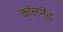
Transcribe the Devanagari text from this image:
कॉलनेड